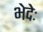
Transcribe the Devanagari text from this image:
भेदेः